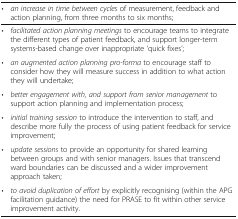
| • | an increase in time between cycles of measurement, feedback and action planning, from three months to six months; |
 | --- | --- |
 | • | facilitated action planning meetings to encourage teams to integrate the different types of patient feedback, and support longer-term systems-based change over inappropriate ‘quick fixes’; |
 | • | an augmented action planning pro-forma to encourage staff to consider how they will measure success in addition to what action they will undertake; |
 | • | better engagement with, and support from senior management to support action planning and implementation process; |
 | • | initial training session to introduce the intervention to staff, and describe more fully the process of using patient feedback for service improvement; |
 | • | update sessions to provide an opportunity for shared learning between groups and with senior managers. Issues that transcend ward boundaries can be discussed and a wider improvement approach taken; |
 | • | to avoid duplication of effort by explicitly recognising (within the APG facilitation guidance) the need for PRASE to fit within other service improvement activity. |